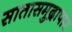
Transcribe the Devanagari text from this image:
सातासमुद्रापार